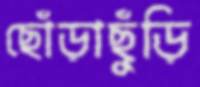
ছোঁড়াছুঁড়ি